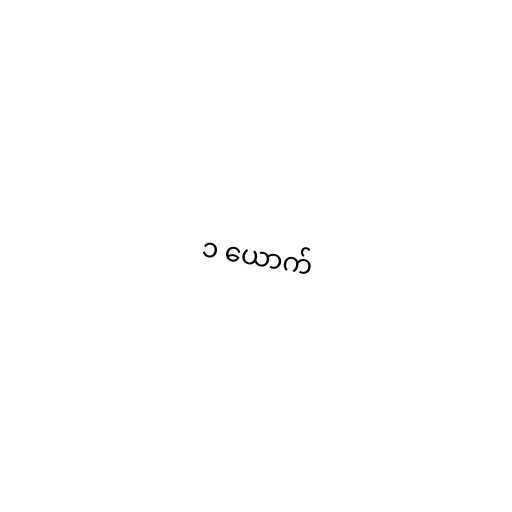
၁ ယောက်